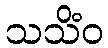
သသိံဝ